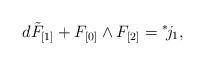
LaTeX: \begin{align*}d \tilde F_{[1]} + F_{[0]} \wedge F_{[2]} ={}^*\! j_1,\end{align*}